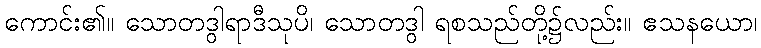
ကောင်း၏။ သောတဒွါရာဒီသုပိ၊ သောတဒွါ ရစသည်တို့၌လည်း။ ဧသနယော၊